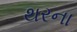
થરના